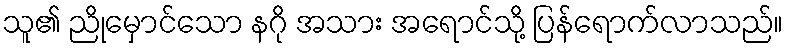
သူ၏ ညိုမှောင်သော နဂို အသား အရောင်သို့ ပြန်ရောက်လာသည်။